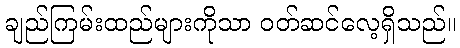
ချည်ကြမ်းထည်များကိုသာ ဝတ်ဆင်လေ့ရှိသည်။